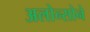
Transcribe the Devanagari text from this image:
अलोन्सोने